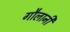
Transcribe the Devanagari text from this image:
गौलानी